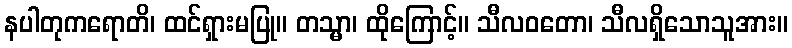
နပါတုကရောတိ၊ ထင်ရှားမပြု။ တသ္မာ၊ ထိုကြောင့်။ သီလဝတော၊ သီလရှိသောသူအား။